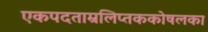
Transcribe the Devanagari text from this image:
एकपदताम्रलिप्तककोषलका